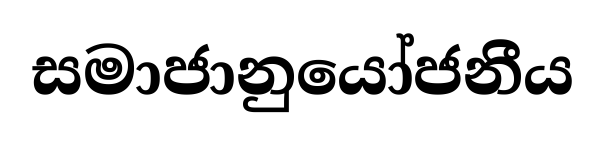
සමාජානුයෝජනීය